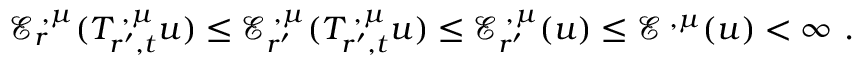
\begin{array} { r } { \mathcal E _ { r } ^ { { \mathbf \Upsilon } , { \mu } } ( T _ { r ^ { \prime } , t } ^ { { \mathbf \Upsilon } , { \mu } } u ) \le \mathcal E _ { r ^ { \prime } } ^ { { \mathbf \Upsilon } , { \mu } } ( T _ { r ^ { \prime } , t } ^ { { \mathbf \Upsilon } , { \mu } } u ) \le \mathcal E _ { r ^ { \prime } } ^ { { \mathbf \Upsilon } , { \mu } } ( u ) \le \mathcal E ^ { { \mathbf \Upsilon } , { \mu } } ( u ) < \infty \, \, \mathrm { . } } \end{array}